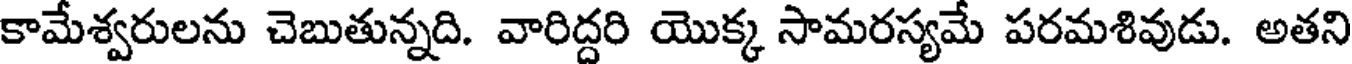
కామేశ్వరులను చెబుతున్నది. వారిద్దరి యొక్క సామరస్యమే పరమశివుడు. అతని